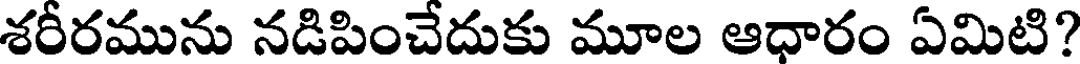
శరీరమును నడిపించేదుకు మూల ఆధారం ఏమిటి?